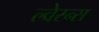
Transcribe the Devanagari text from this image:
ल्वेरन्स